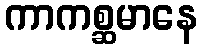
ကာကစ္ဆမာနေ